Vital statistics of India. Vol. V, Reports of 1876 on armies & jails and on epidemic cholera
Year: 1876
Disease focus: Cholera
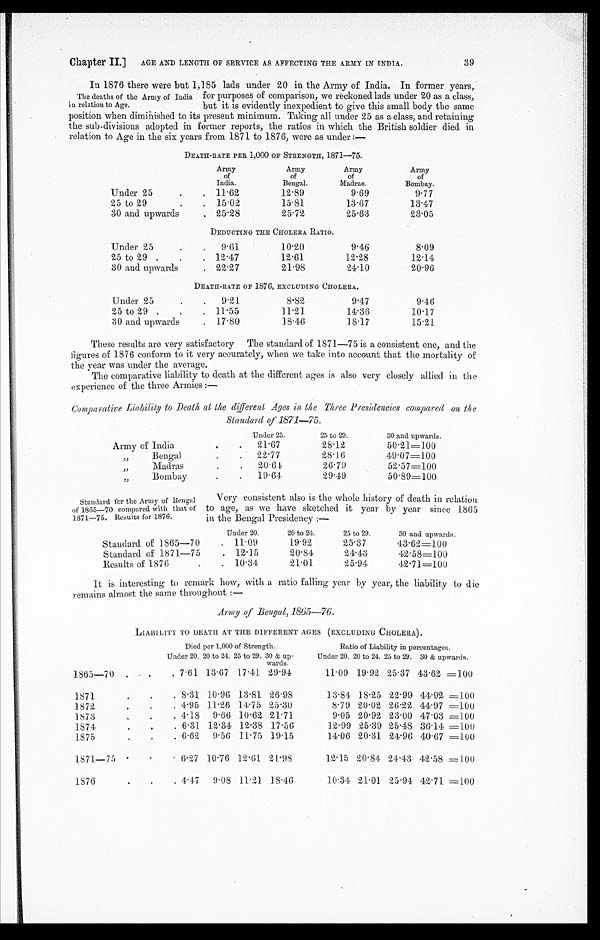
Chapter II.] AGE AND LENGTH OF SERVICE AS AFFECTING THE ARMY IN INDIA.
In 1876 there were but 1,185 lads under 20 in the Army of India. In former years,
for purposes of comparison, we reckoned lads under 20 as a class,
but it is evidently inexpedient to give this small body the same
position when diminished to its present minimum. Taking all under 25 as a class, and retaining
the sub-divisions adopted in former reports, the ratios in which the British soldier died in
relation to Age in the six years from 1871 to 1876, were as under:—
DEATH-RATE PER 1,000 OF STRENGTH, 1871—75.
Army
of
India.
Army
of
Bengal.
Army
of
Madras.
Army
of
Bombay.
Under 25
11.62
12.89
9.69
9.77
25 to 29
15.02
15.81
13.67
13.47
30 and upwards
25.28
25.72
25.63
23.05
DEDUCTING THE CHOLERA RATIO.
Under 25
9.61
10.20
9.46
8.09
25 to 29.
12.47
12.61
12.28
12.14
30 and upwards
22.27
21.98
24.10
20.96
DEATH-RATE OF 1876, EXCLUDING CHOLERA.
Under 25
9. 21
8.82
9.47
9.46
25 to 29
11.55
11.21
14.36
10.17
30 and upwards
17.80
18.46
18.17
15.21
These results are very satisfactory The standard of 1871—75 is a consistent one, and the
figures of 1876 conform to it very accurately, when we take into account that the mortality of
the year was under the average.
The comparative liability to death at the different ages is also very closely allied in the
experience of the three Armies:—
Comparative Liability to Death at the different Ages in the Three Presidencies compared on the
Standard of 1871—75.
Under 25.
25 to 29.
30 and upwards.
Army of India
21.67
28.12
50.21=100
" B e n g a l
22.77
28.16
49.07=100
" M a d r a s
20.64
26.79
52.57=100
"Bombay
19.64
29.49
50.89=100
39
The deaths of the Army of India
in relation to Age.
Standard for the Army of Bengal
of 1865—70 compared with that of
1871—75. Results for 1876.
Very consistent also is the whole history of death in relation
to age, as we have sketched it year by year since 1865
in the Bengal Presidency:—
Under 20.
20 to 24.
25 to 29.
30 and upwards.
Standard of 1865—70
11.09
19.92
25.37
43.62=100
Standard of 1871—75
12.15
20.84
24.43
42.58=100
Results of 1876
10.34
21.01
25.94
42.71=100
It is interesting to remark how, with a ratio falling year by year, the liability to die
remains almost the same throughout:—
Army of Bengal, 1865—76.
LIABILITY TO DEATH AT THE DIFFERENT AGES (EXCLUDING CHOLERA).
Died per 1,000 of Strength.
Ratio of Liability in percentages.
Under 20. 20 to 24. 25 to 29. 30 & up-
wards.
Under 20. 20 to 24. 25 to 29. 30 & upwards.
1865—70
7.61 13.67 17.41 29.94
11.09 19.92 25.37 43.62=100
1871
8.31 10.96 13.81 26.98
13.84 18.25 22.99 44.92=100
1872
4.95 11.26 14.75 25.30
8.79 20.02 26.22 44.97=100
1873
4.18 9.66 10.62 21.71
9.05 20.92 23.00 47.03=100
1874
6.31 12.34 12.38 17.56
12.99 25.39 25.48 36.14=100
1875
6.62 9.56 11.75 19.15
14.06 20.31 24.96 40.67=100
1871—75
6.27 10.76 12.61 21.98
12.15 20.84 24.43 42.58=100
1876
4.47 9.08 11.21 18.46
10.34 21.01 25.94 42.71=100